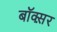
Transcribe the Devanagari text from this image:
बॉक्स़र